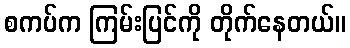
စကပ်က ကြမ်းပြင်ကို တိုက်နေတယ်။